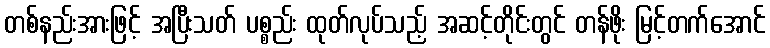
တစ်နည်းအားဖြင့် အပြီးသတ် ပစ္စည်း ထုတ်လုပ်သည့် အဆင့်တိုင်းတွင် တန်ဖိုး မြင့်တက်အောင်